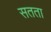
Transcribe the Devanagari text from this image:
सतता